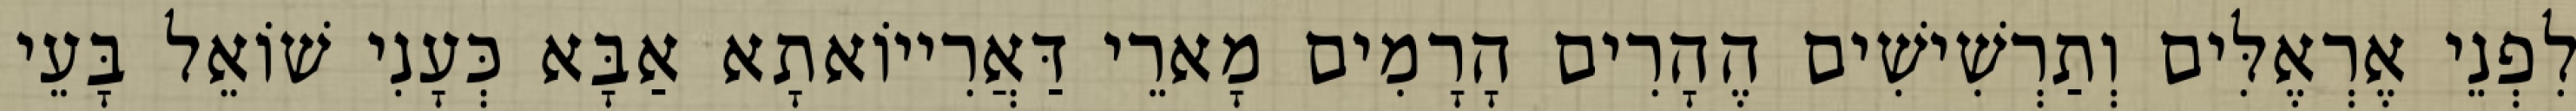
לִפְנֵי אֶרְאֶלִּים וְתַרְשִׁישִׁים הֶהָרִים הָרָמִים מָארֵי דַּאֲרִייוֹאתָא אַבָּא כְּעָנִי שׁוֹאֵל בָּעֵי